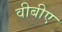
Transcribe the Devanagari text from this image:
वीबीए